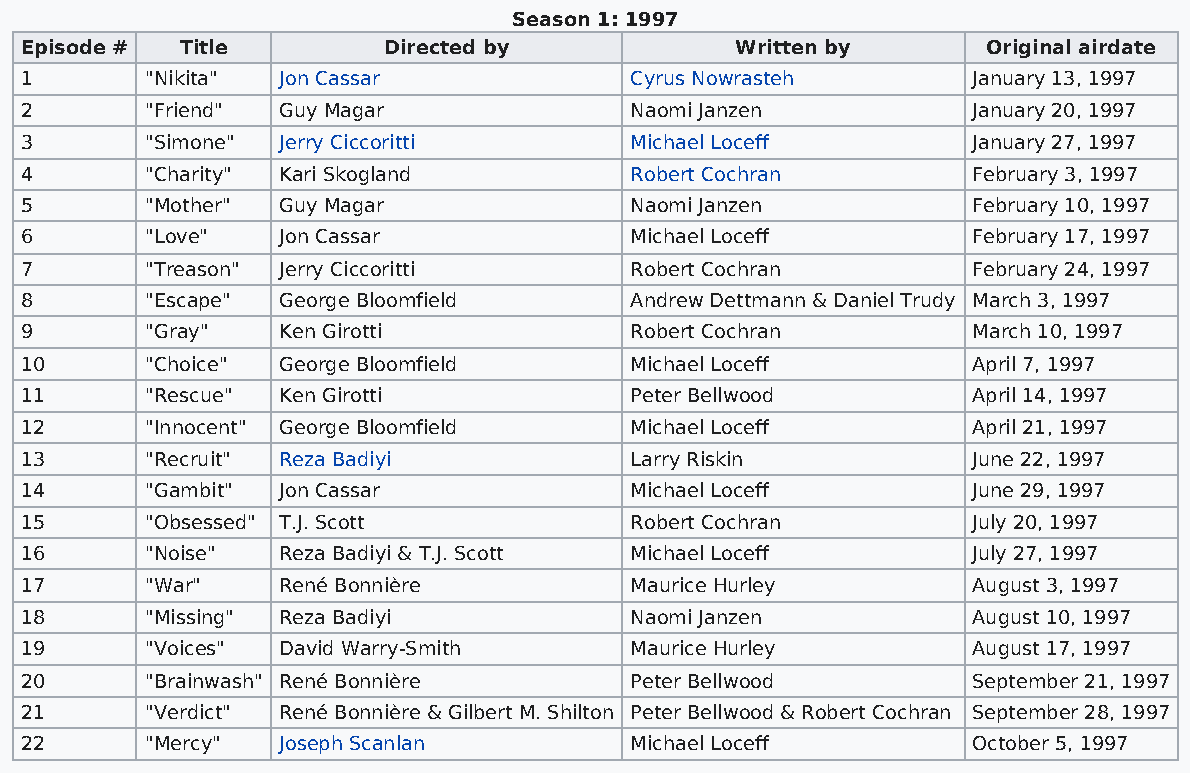
Season 1: 1997
 Episode #  Title        Directed by             Written by      Original airdate
 1        "Nikita" Jon Cassar             Cyrus Nowrasteh       January 13, 1997
 2        "Friend" Guy Magar              Naomi Janzen          January 20, 1997
 3        "Simone" Jerry Ciccoritti       Michael Loceff        January 27, 1997
 4        "Charity" Kari Skogland         Robert Cochran        February 3, 1997
 5        "Mother" Guy Magar              Naomi Janzen          February 10, 1997
 6        "Love"  Jon Cassar              Michael Loceff        February 17, 1997
 7        "Treason" Jerry Ciccoritti      Robert Cochran        February 24, 1997
 8        "Escape" George Bloomfield      Andrew Dettmann & Daniel Trudy March 3, 1997
 9        "Gray"  Ken Girotti             Robert Cochran        March 10, 1997
 10       "Choice" George Bloomfield      Michael Loceff        April 7, 1997
 11       "Rescue" Ken Girotti            Peter Bellwood        April 14, 1997
 12       "Innocent" George Bloomfield    Michael Loceff        April 21, 1997
 13       "Recruit" Reza Badiyi           Larry Riskin          June 22, 1997
 14       "Gambit" Jon Cassar             Michael Loceff        June 29, 1997
 15       "Obsessed" T.J. Scott           Robert Cochran        July 20, 1997
 16       "Noise" Reza Badiyi & T.J. Scott Michael Loceff       July 27, 1997
 17       "War"   René Bonnière           Maurice Hurley        August 3, 1997
 18       "Missing" Reza Badiyi           Naomi Janzen          August 10, 1997
 19       "Voices" David Warry-Smith      Maurice Hurley        August 17, 1997
 20       "Brainwash" René Bonnière       Peter Bellwood        September 21, 1997
 21       "Verdict" René Bonnière & Gilbert M. Shilton Peter Bellwood & Robert Cochran September 28, 1997
 22       "Mercy" Joseph Scanlan          Michael Loceff        October 5, 1997